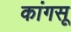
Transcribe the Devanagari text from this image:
कांगसू